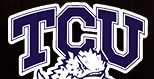
TCU